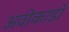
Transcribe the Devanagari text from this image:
अवोकाडो